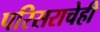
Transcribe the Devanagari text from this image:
परिसराचेही